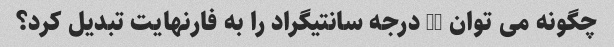
چگونه می توان 18 درجه سانتیگراد را به فارنهایت تبدیل کرد؟